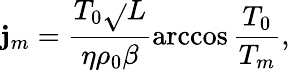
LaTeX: \mathbf{j}_{m}=\frac{{{{T_{0}}\sqrt{}{L}}}}{{{\eta{\rho_{0}}\beta}}}\operatorname{arccos}\frac{{{{T_{0}}}}}{{{{T_{m}}}}},